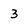
Character: 3